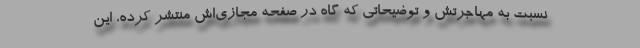
نسبت به مهاجرتش و توضیحاتی که گاه در صفحه مجازی‌اش منتشر کرده، این